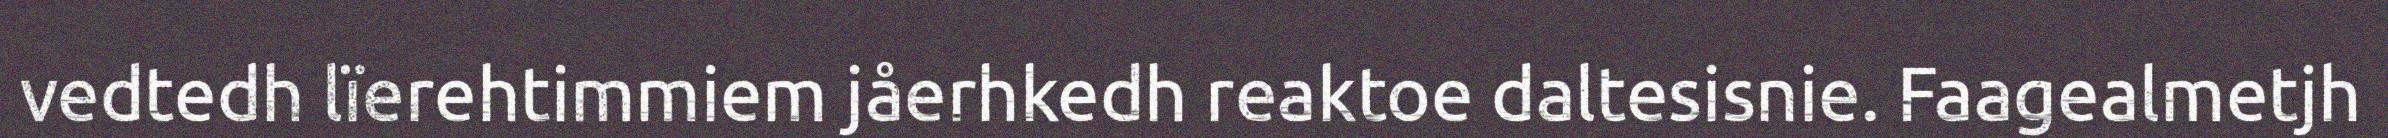
vedtedh lïerehtimmiem jåerhkedh reaktoe daltesisnie. Faagealmetjh